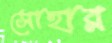
সোহার